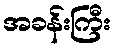
အခန်းကြီး